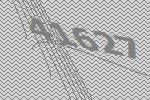
41627